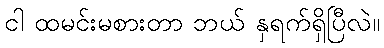
ငါ ထမင်းမစားတာ ဘယ် နှရက်ရှိပြီလဲ။